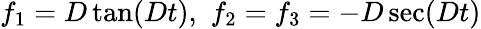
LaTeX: f_{1}=D\tan(Dt),\, \, f_{2}=f_{3}=-D\sec(Dt)